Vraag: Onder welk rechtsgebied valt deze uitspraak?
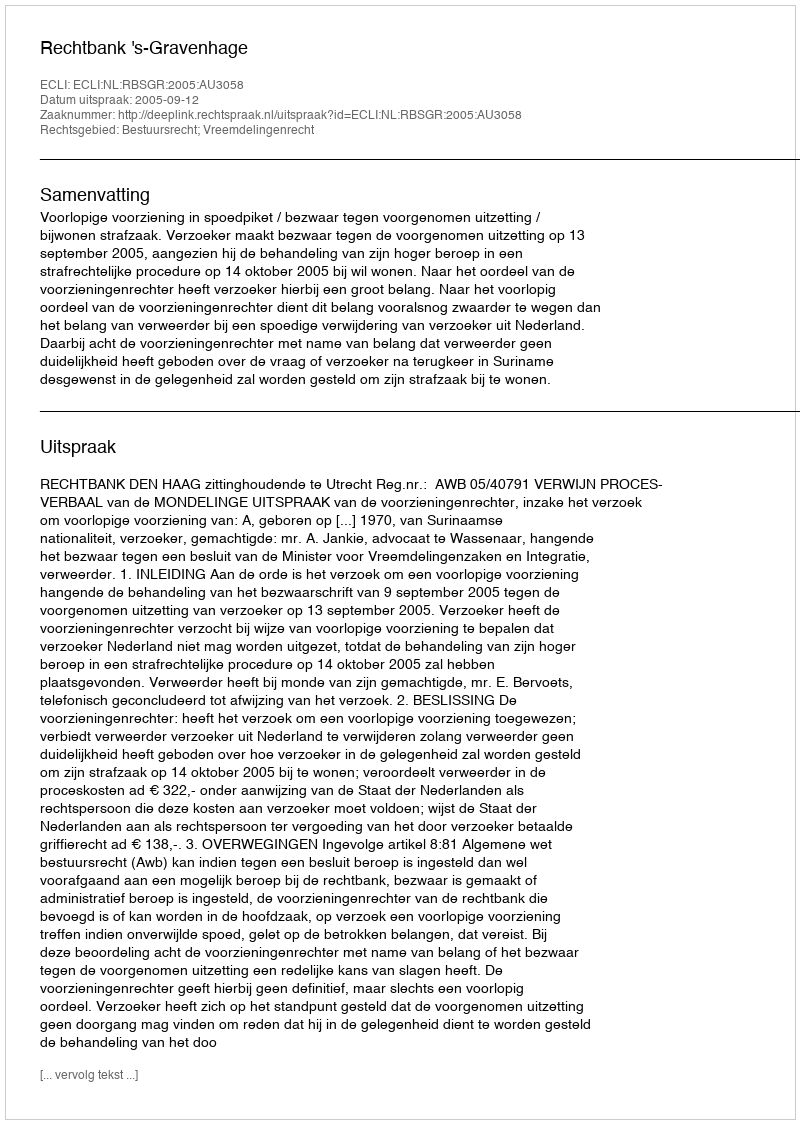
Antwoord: Bestuursrecht; Vreemdelingenrecht